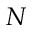
N